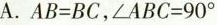
A. $$AB=BC$$,$$\angle ABC=90 ^ { \circ }$$